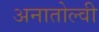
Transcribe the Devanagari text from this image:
अनातोल्वी